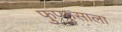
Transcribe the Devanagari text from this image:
फुप्फुसाला